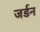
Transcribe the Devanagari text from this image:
जर्डन